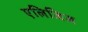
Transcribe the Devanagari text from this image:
एलिजिज